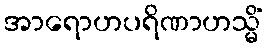
အာရောဟပရိဏာဟသ္မိံ